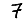
Digit: 7